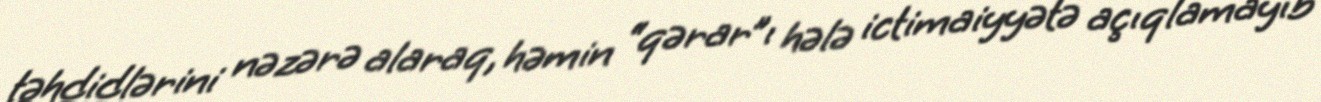
təhdidlərini nəzərə alaraq, həmin “qərar”ı hələ ictimaiyyətə açıqlamayıb